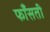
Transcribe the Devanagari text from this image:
फाँसती